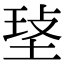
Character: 𤥷